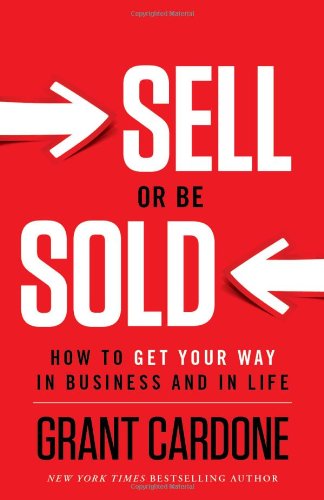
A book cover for Sell or Be Sold: How to Get Your Way in Business and in Life; Grant Cardone; Business & Money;